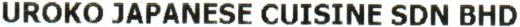
UROKO JAPANESE CUISINE SDN BHD